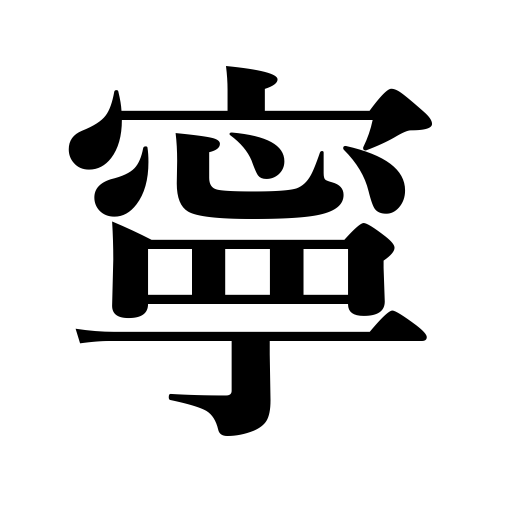
Meanings: preferably